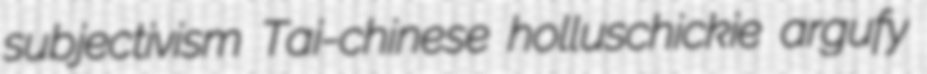
subjectivism Tai-chinese holluschickie argufy